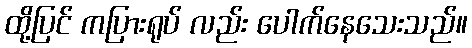
ထို့ပြင် ကပြားရုပ် လည်း ပေါက်နေသေးသည်။